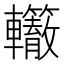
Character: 𰹭